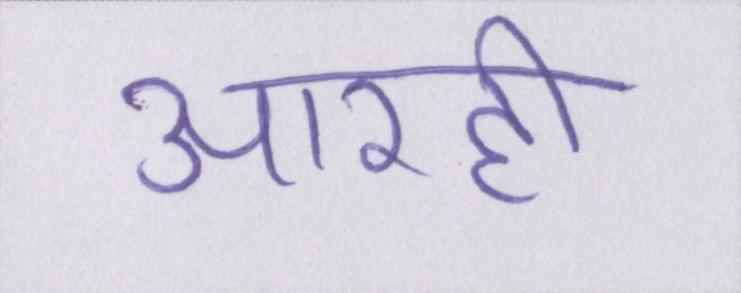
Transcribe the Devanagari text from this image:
आरही